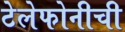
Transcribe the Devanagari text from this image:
टेलेफोनीची